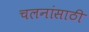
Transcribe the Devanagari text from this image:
चलनांसाठी